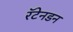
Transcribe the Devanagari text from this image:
रॅटेनडन